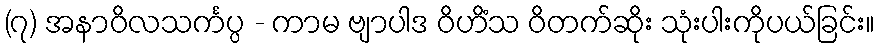
(၇) အနာဝိလသင်္ကပ္ပ - ကာမ ဗျာပါဒ ဝိဟိံသ ဝိတက်ဆိုး သုံးပါးကိုပယ်ခြင်း။